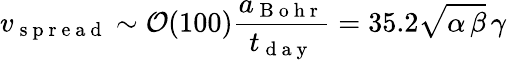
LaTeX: v_{\mathrm{~s~p~r~e~a~d~}}\sim\mathcal{O}(100)\frac{a_{\mathrm{~B~o~h~r~}}}{t_{\mathrm{~d~a~y~}}}=35.2\sqrt{\alpha\, \beta}\, \gamma